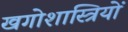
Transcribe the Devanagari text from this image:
खगोशास्त्रियों